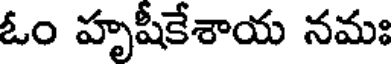
ఓం హృషీకేశాయ నమః